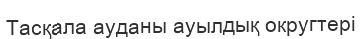
Тасқала ауданы ауылдық округтері